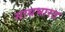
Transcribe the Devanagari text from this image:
साथभारत